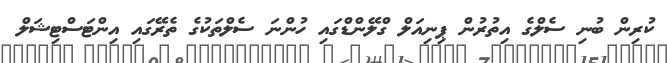
ކުރިން ބުނި ސެލްގެ އިތުރުން ޕިނިއަލް ގްލޭންޑްގައި ހުންނަ ސެލްތަކުގެ ތެރޭގައި އިންޓަސްޓިޝަލް